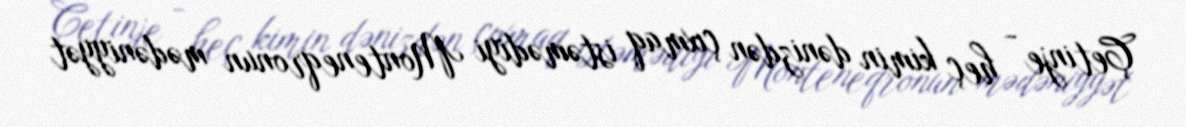
Çetinje - heç kimin dənizdən çıxmaq istəmədiyi Monteneqronun mədəniyyət